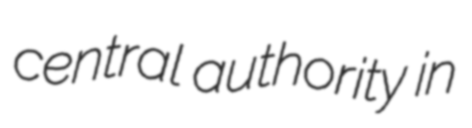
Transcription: central authority in